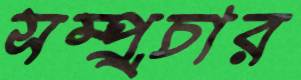
সম্প্র্রচার